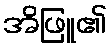
အိဖြူ၏